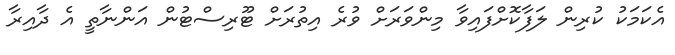
އެކަމަކު ކުރިން ލަފާކޮށްފައިވާ މިންވަރަށް ވުރެ އިތުރަށް ޓޫރިސްޓުން އަންނާތީ އެ ދާއިރާ